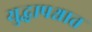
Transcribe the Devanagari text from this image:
युद्धापश्चात